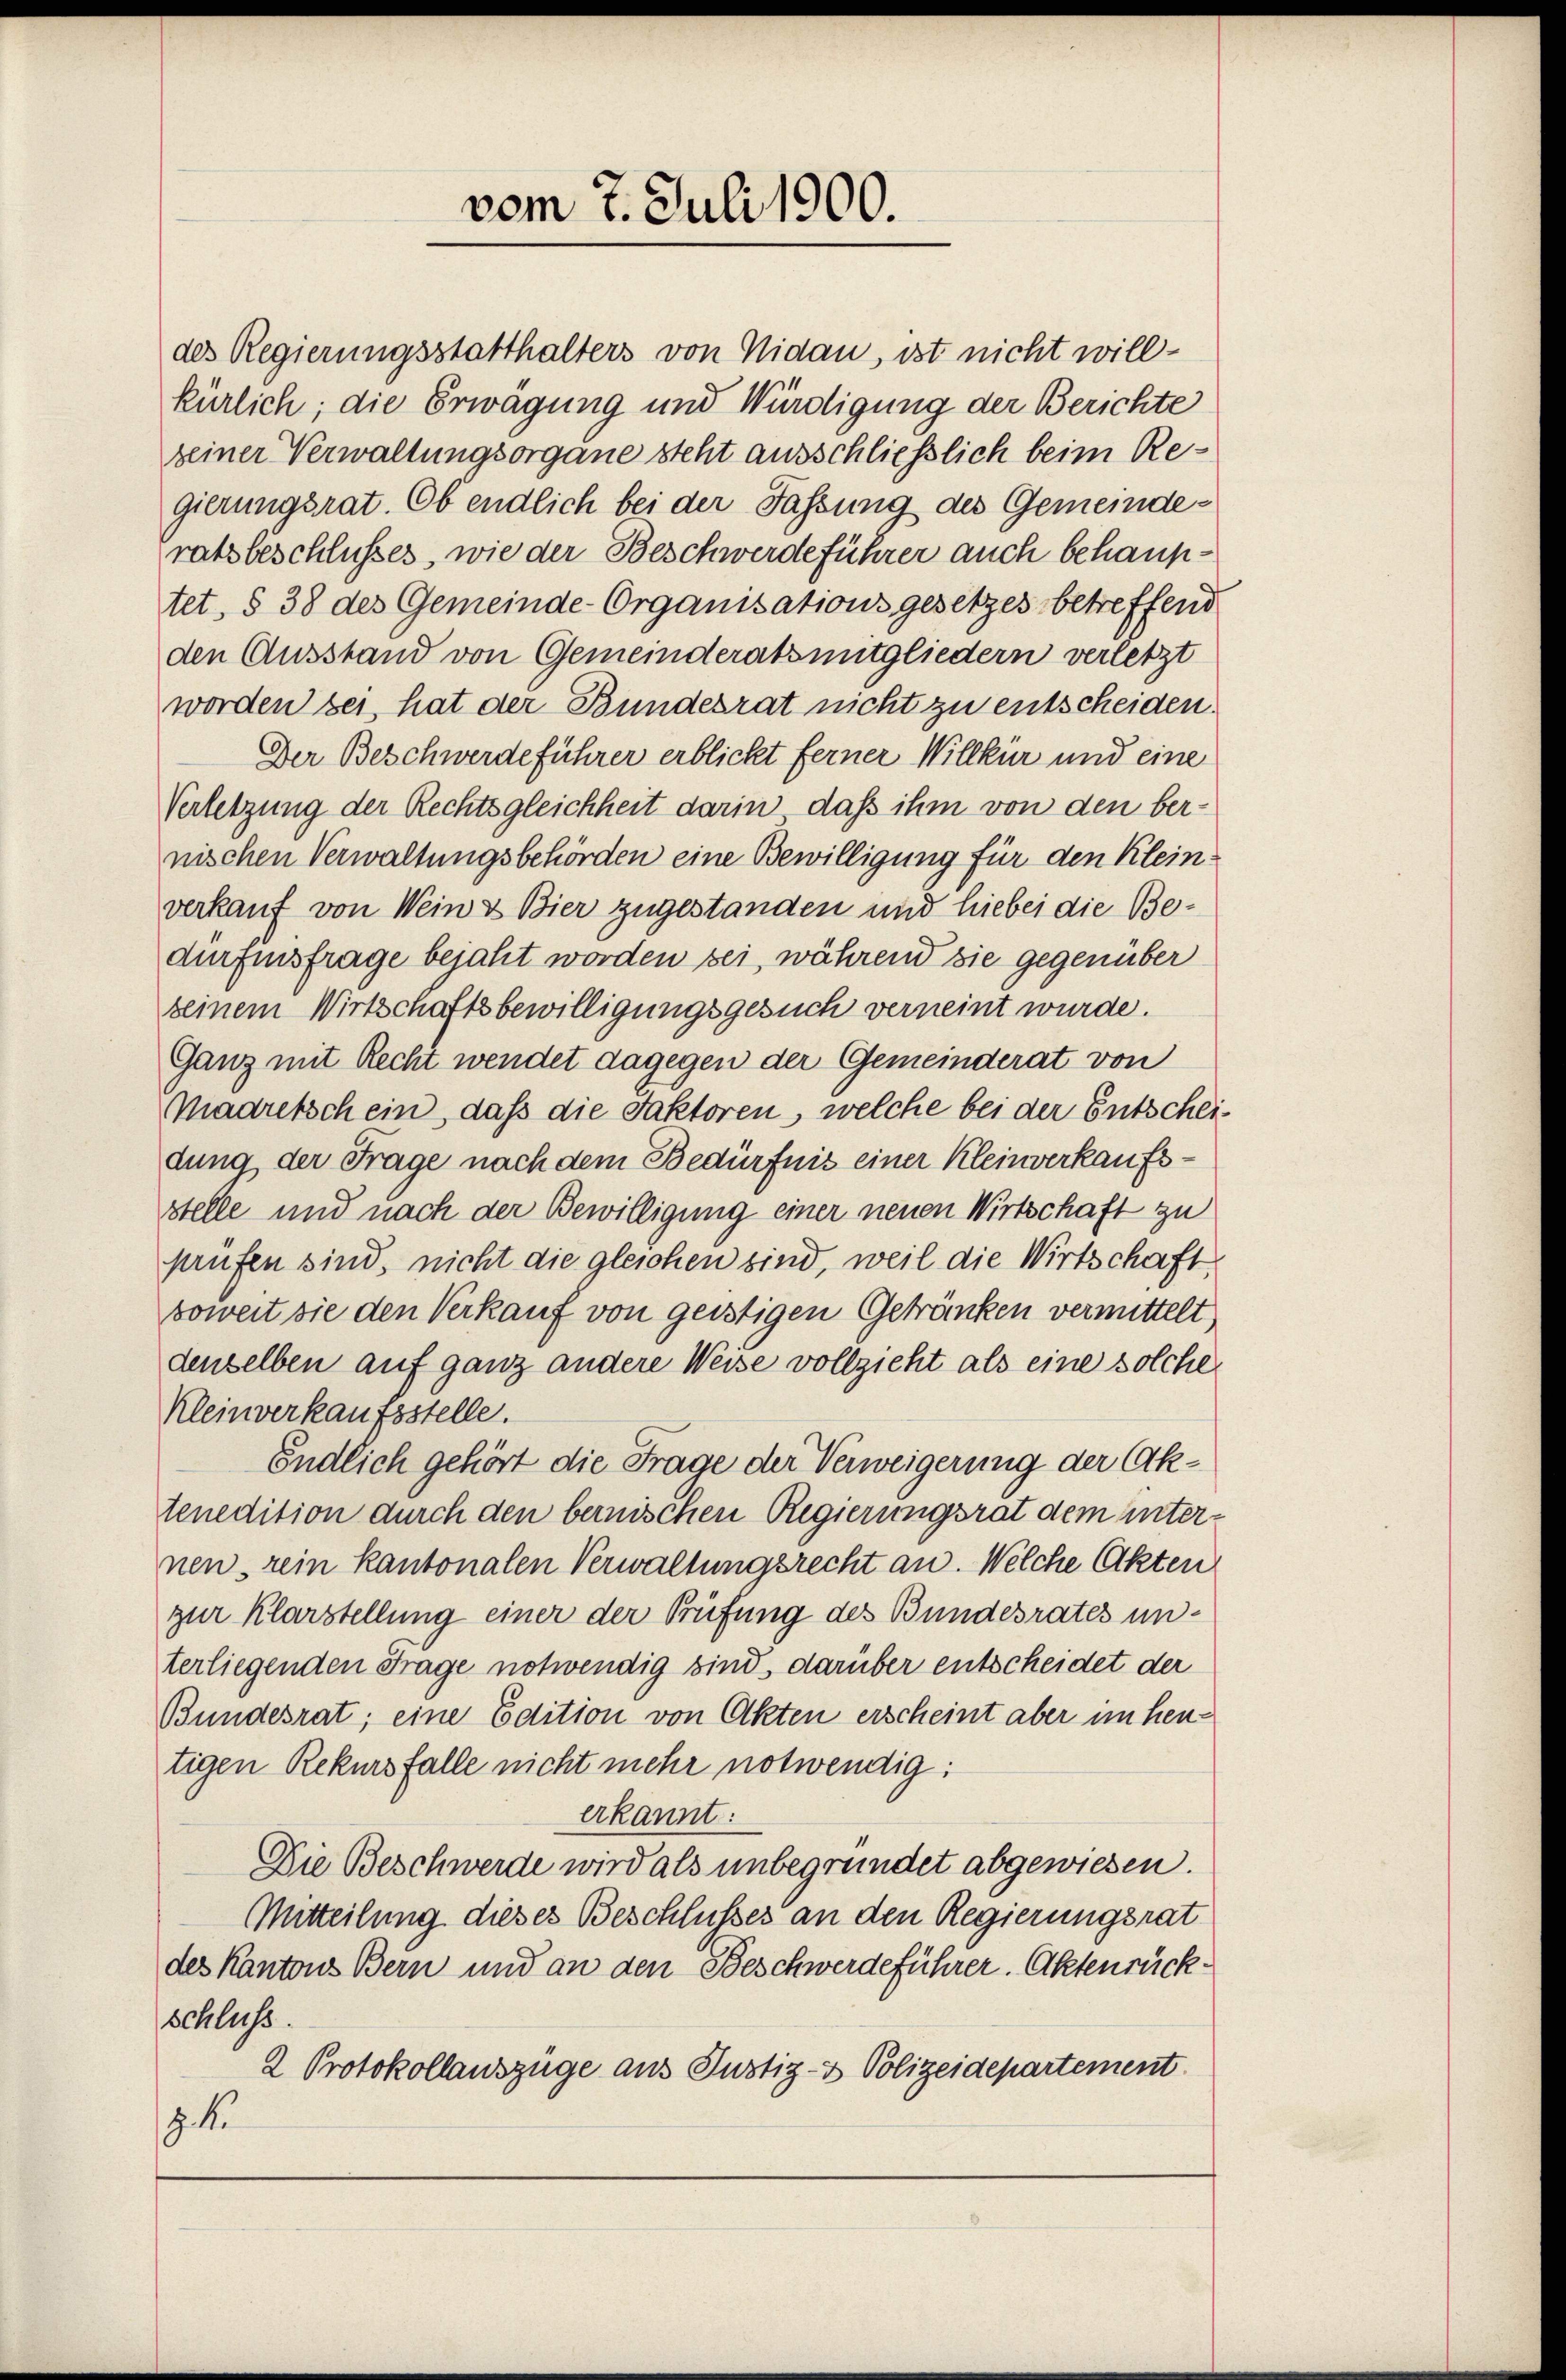
des Regierungsstatthalters von Nidau, ist nicht willkürlich; die Erwägung und Würdigung der Berichte
seiner Verwaltungsorgane steht ausschliesslich beim Regierungsrat. Ob endlich bei der Fassung des Gemeinderatsbeschlusses, wie der Beschwerdeführer auch behauptet, § 38 des Gemeinde-Organisationsgesetzes betreffend
den Ausstand von Gemeinderatsmitgliedern verletzt
worden sei, hat der Bundesrat nicht zu entscheiden.
Der Beschwerdeführer erblickt ferner Willkür und eine
Verletzung der Rechtsgleichheit darin, daß ihm von den bernischen Verwaltungsbehörden eine Bewilligung für den Kleinverkauf von Wein & Bier zugestanden und hiebei die Bedurfinsfrage bejaht worden sei, während sie gegenüber
seinem Wirtschaftsbewilligungsgesuch verneint wurde.
Ganz mit Recht wendet dagegen der Gemeinderat von
Madretsch ein, daß die Faktoren, welche bei der Entscheidung der Frage nach dem Bedürfnis einer Kleinverkaufsstelle und nach der Bewilligung einer neuen Wirtschaft zu
prüfen sind, nicht die gleichen sind, weil die Wirtschaft
soweit sie den Verkauf von geistigen Getränken vermittelt
denselben auf ganz andere Weise vollzieht als eine solche
Kleinverkaufsstelle.
Endlich gehört die Frage der Verweigerung der Aktenedition durch den bernischen Regierungsrat dem unternen, rein kantonalen Verwaltungsrecht an. Welche Akten
zur Klarstellung einer der Prüfung des Bundesrates unterliegenden Frage notwendig sind, darüber entscheidet der
Bundesrat; eine Edition von Akten erscheint aber um heutigen Rekursfalle nicht mehr notwendig:
erkannt:
Die Beschwerde wird als unbegründet abgewiesen.
Mitteilung dieses Beschlusses an den Regierungsrat
des Kantons Bern und an den Beschwerdeführer. Aktenrück¬
Schluss.
2 Protokollauszüge aus Justiz- & Polizeidepartement
3 k

vom 7. Juli 1900.